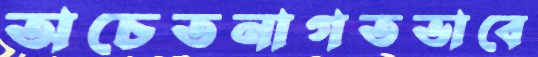
অচেতনাগতভাবে